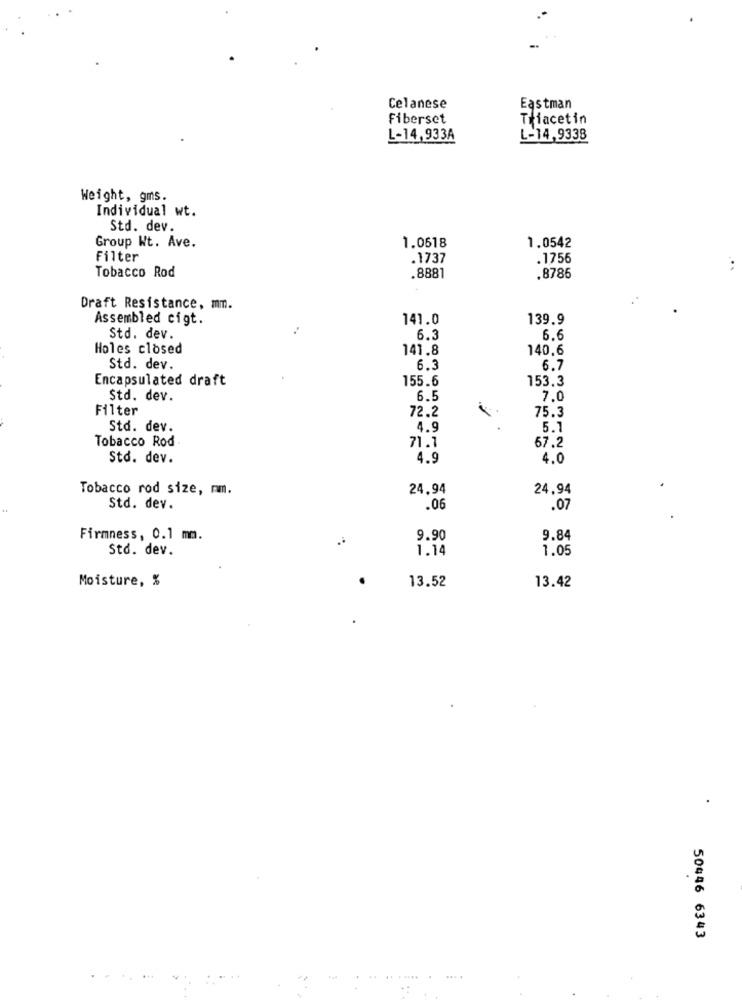
Celanese
Eastman
Fiberset
Triacetin
L-14,933A
L-14,9338
Weight, gms.
Individual wt.
Std. dev.
1.0618
Group Wt. Ave.
1.0542
Filter
.1737
.1756
Tobacco Rod
.8881
.8786
Draft Resistance, mm.
Assembled cigt.
141.0
139.9
Std. dev.
6.3
6.6
Holes closed
141.8
140.6
Std. dev.
6.3
6.7
Encapsulated draft
155.6
153.3
Std. dev.
6.5
7.0
Filter
72.2
75.3
Std. dev.
4.9
5.7
Tobacco Rod
71.1
67.2
Std. dev.
4.9
4.0
Tobacco rod size, mm.
24.94
24.94
Std. dev.
.06
.07
Firmness, 0.1 mm.
9.90
9.84
Std. dev.
1.14
1.05
Moisture, %
13.52
13.42
50446 6343